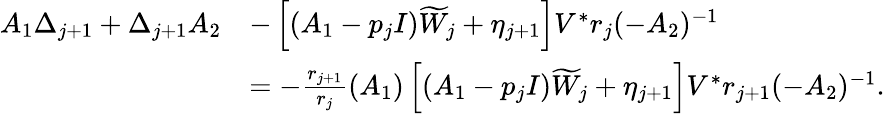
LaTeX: \begin{array}{rl}{A_{1}\Delta_{j+1}+\Delta_{j+1}A_{2}}&{-\left[(A_{1}-p_{j}I)\widetilde W_{j}+\eta_{j+1}\right]V^{*}r_{j}(-A_{2})^{-1}}\\ &{=-\frac{r_{j+1}}{r_{j}}(A_{1})\left[(A_{1}-p_{j}I)\widetilde W_{j}+\eta_{j+1}\right]V^{*}r_{j+1}(-A_{2})^{-1}.}\end{array}